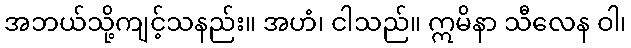
အဘယ်သို့ကျင့်သနည်း။ အဟံ၊ ငါသည်။ ဣမိနာ သီလေန ဝါ၊